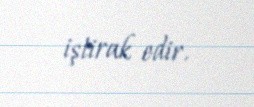
iştirak edir.